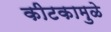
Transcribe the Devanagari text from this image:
कीटकामुळे